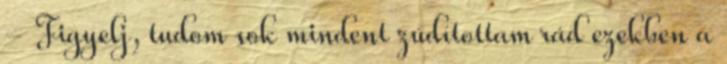
- Figyelj, tudom sok mindent zúdítottam rád ezekben a